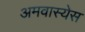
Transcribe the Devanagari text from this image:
अमवास्येस